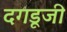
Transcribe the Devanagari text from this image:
दगडूजी